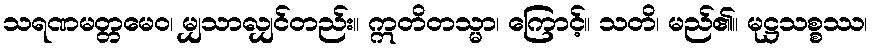
သရဏမတ္တမေဝ၊ မျှသာလျှင်တည်း။ ဣတိတသ္မာ၊ ကြောင့်။ သတိ၊ မည်၏။ မုဋ္ဌသစ္စဿ၊